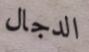
الدجال